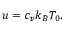
u = c _ { v } k _ { B } T _ { 0 } .